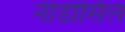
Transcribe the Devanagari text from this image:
नीडोसिल